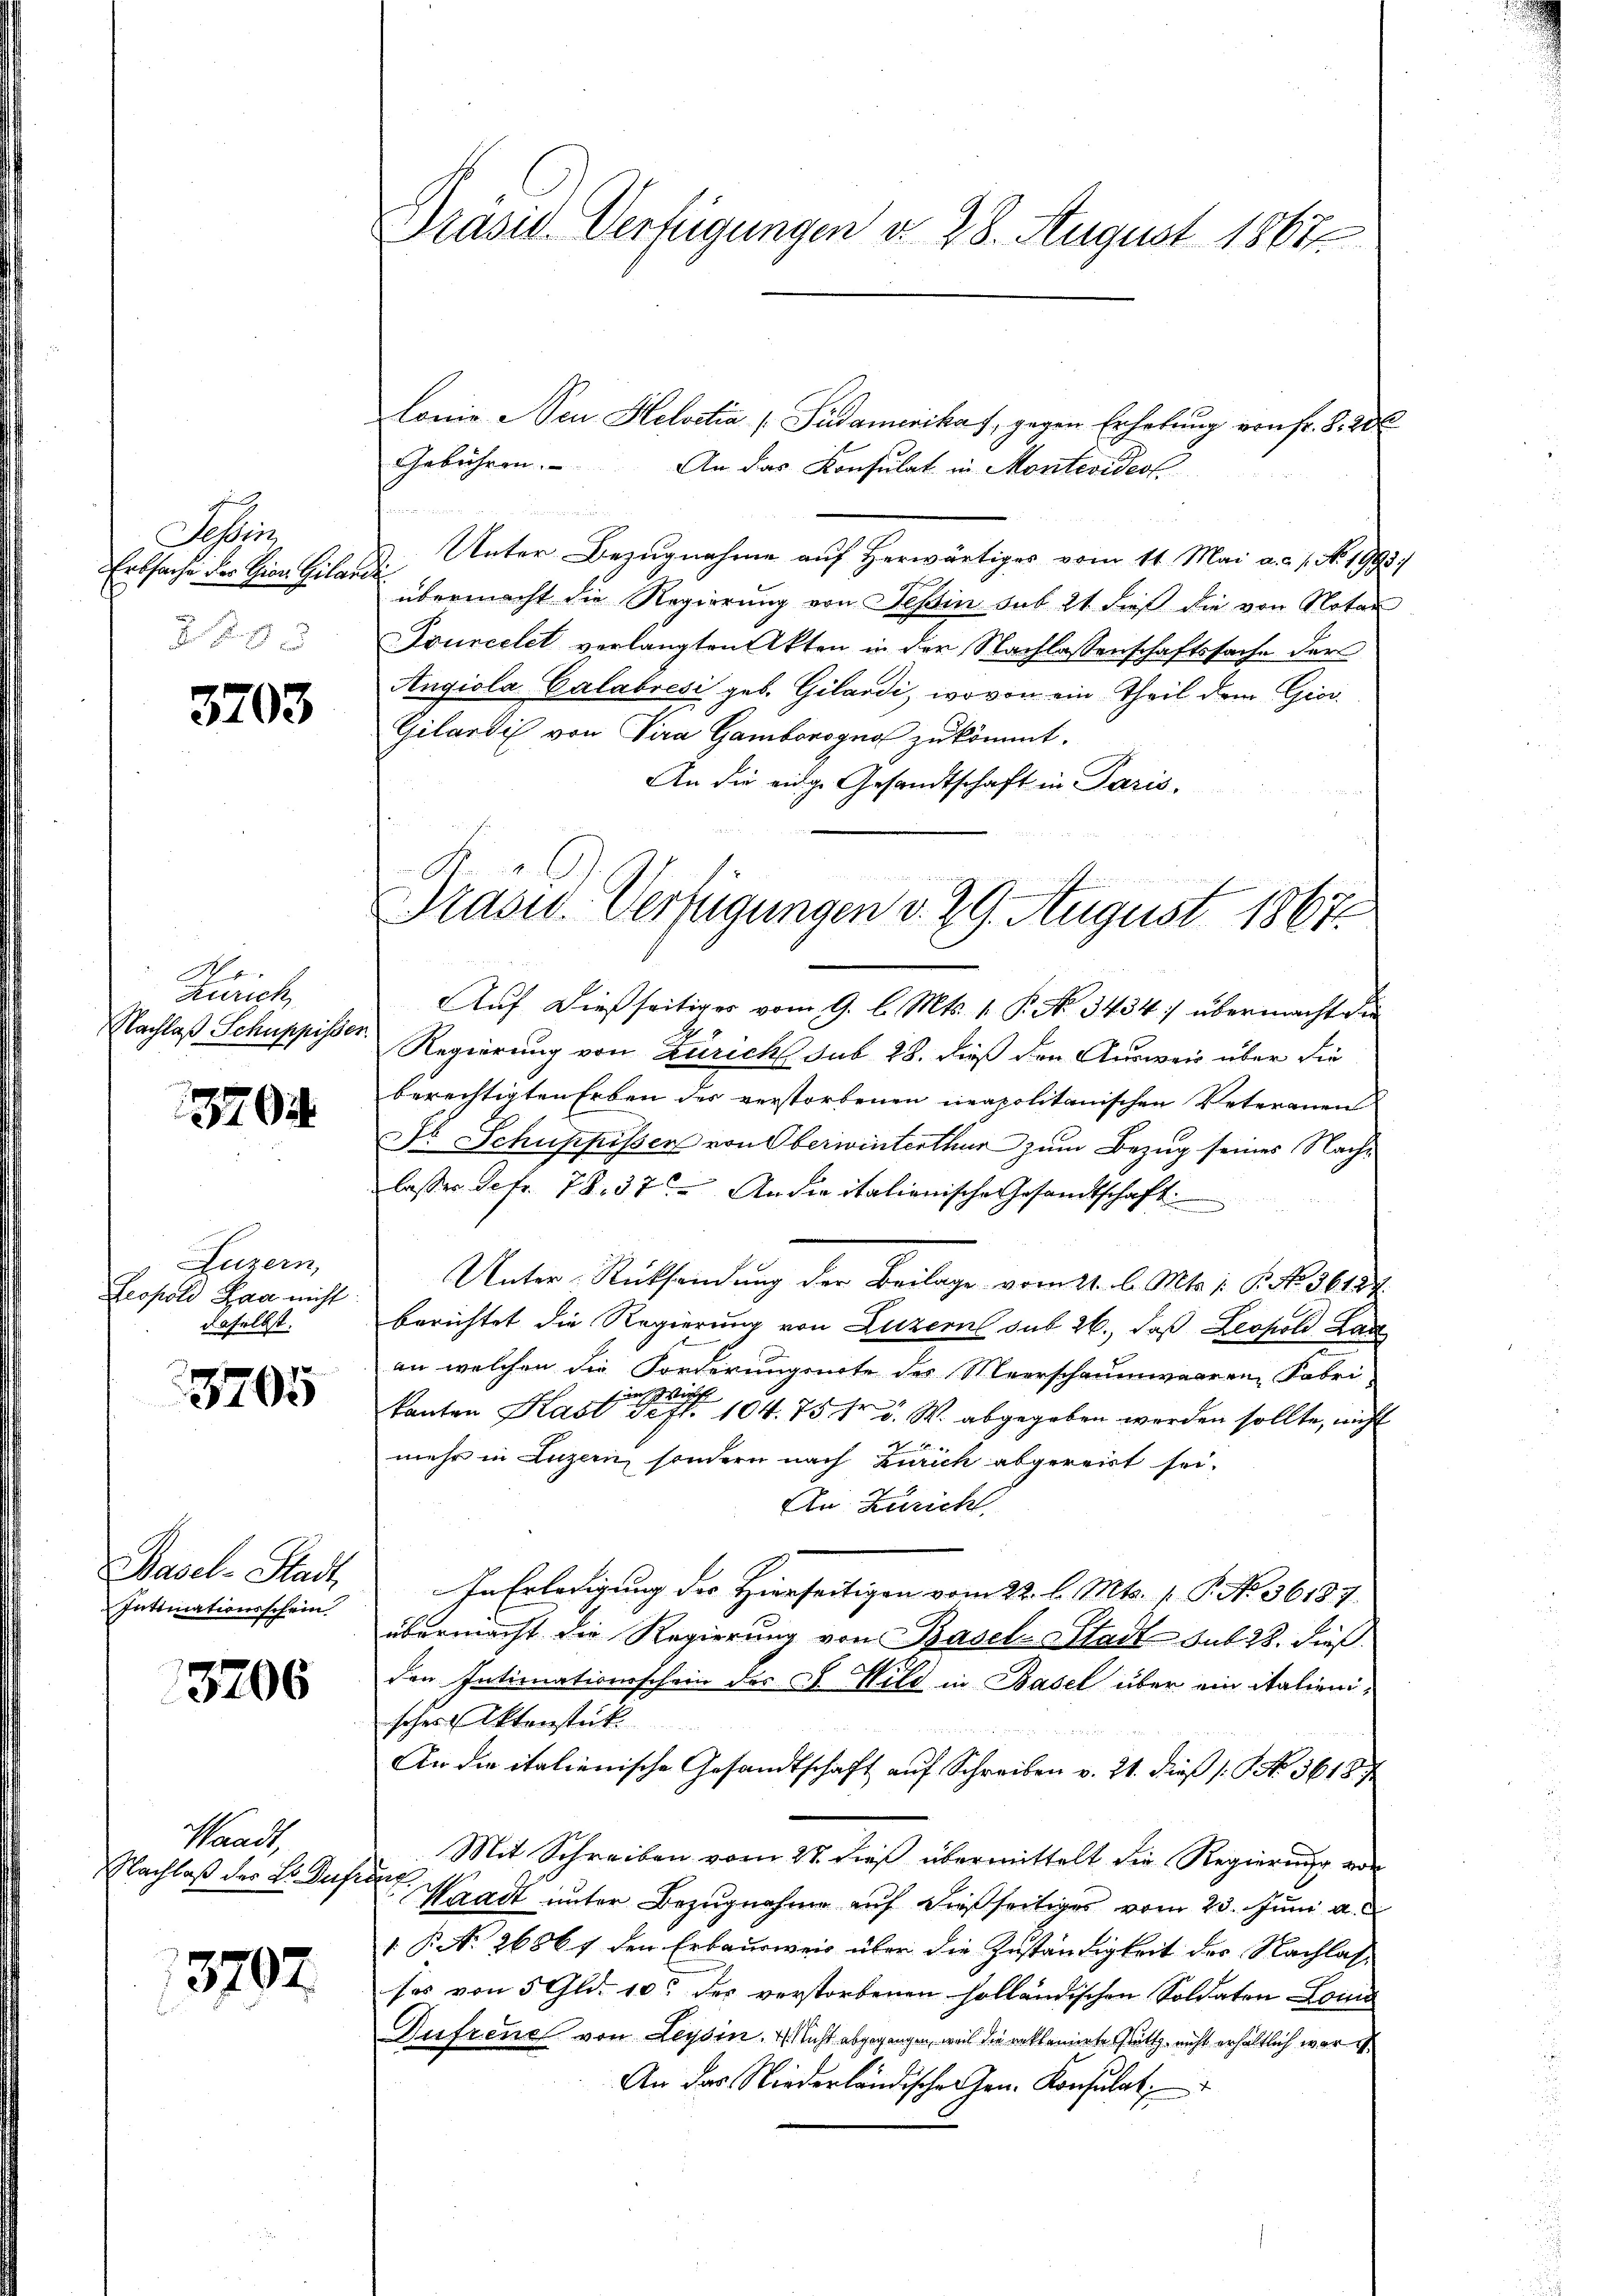
Fabri
Erbsache der Hirn Gilar-
 f 9 x

3703

Kr
Zürich
Nachlaß Schuppisse.

1570

Luzern,
Leopold Laa nicht:
daselbst.

3705

Basel-Stadt,
Inttiationsschein

13706

Waadt
Nachlaß des Sr Dufr

13702.

u

Präsid. Verfügungen d. 28. August 1861

lonie Neu Helvetia (Südamerikaf, gegen Erhebung von fr. S. 206
Gebühren.
An das Konsulat in Montevideol
Unter Bezugnahme auf Herwärtiges vom 11. Mai a.c. s. No. 1993.
¬
übermacht die Regierung von Tessin sub 21 dieß die von Notar
Fourcelet verlangten Akten in der Nachlassenschaftssache der
Angiola Calabrési geb. Gilardi, wovon ein Theil dem Gies¬
Gilardi von Vira Gamborogno zukommt.
An die eidge Gesandtschaft in Paris,
Auf dießseitiges vom 9. l. Mts. 1. P. No. 3434. übermacht ein
Regierung von Züricht sub 28. dieß den Ausweis über die
berechtigten Erben der verstorbenen neapolitanischen Veterauen
A Schuppisser von Oberwinterthur zum Bezug seines Nachlasser Sefr. 78. 37. An die italienische Gesandtschaft
Unter-Rücksendung der Beilage vom 21. l. Mts. 1. P. No. 36127
berichtet die Regierung von Luzern sub 26., daß Leopold Lan
an welchen die Forderungsarte des Meerschaumwaaren Fabri
in Wirth
kanton Kast Sept. 104. 75 fr. v. W. abgegeben werden sollte, nicht
1
mehr in Luzern, sondern nach Zürich abgereist sei.
An Züricht
In Erledigung des Hierseitigen vom 22. l. Mts. 1. P. No 36187.
übermacht die Regierung von Basel-Stadt sub 28. dießden Intimationsschein des G. Wild in Basel über ein italienisches Aktenstück.
An die italienische Gesandtschaft auf Schreiben v. 21. dieß (No. 3618/
Mit Schreiben vom 28. Dieß übermittelt die Regierung ane
r
Waadt unter Bezugnahme auf dießseitiges vom 23. Juni a.
1 S. 26867 den Erbausweis über die Zuständigkeit des Nachlas
ses von 5 Gld. 10. des verstorbenen solländischen Soldaten Loi
Aufrene von Leysen. Nicht abgegangen, weil die reklamierte Glatt, nicht erhältlich war e
An das Niederländische Hrn. Konsulat

Prasur. Verfügungen d. 29. August 1867.